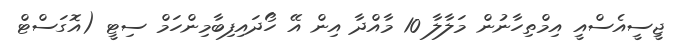
ޖީސީއެސްއީ އިމްތިހާނުން މަލާލާ 10 މާއްދާ އިން އޭ ހޯދައިފިބާމިންހަމް ސިޓީ (އޮގަސްޓް